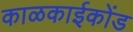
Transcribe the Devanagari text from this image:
काळकाईकोंड